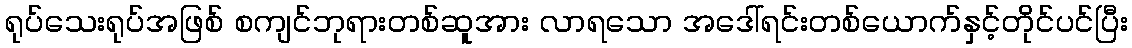
ရုပ်သေးရုပ်အဖြစ် စကျင်ဘုရားတစ်ဆူအား လာရသော အဒေါ်ရင်းတစ်ယောက်နှင့်တိုင်ပင်ပြီး